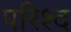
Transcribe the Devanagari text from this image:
परिश्द